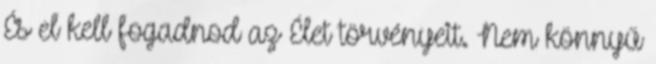
És el kell fogadnod az Élet törvényeit. Nem könnyű